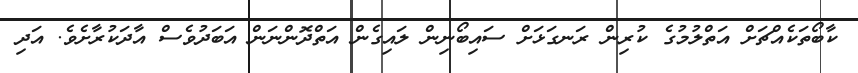
ކާބޯތަކެއްޗަށް އަތްލުމުގެ ކުރިން ރަނގަޅަށް ސައިބޯނިން ލައިގެން އަތްދޮންނަން އަބަދުވެސް އާދަކުރާށެވެ. އަދި